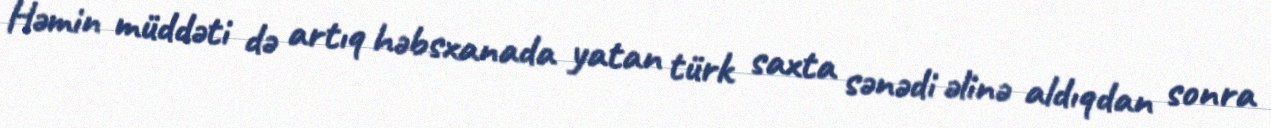
Həmin müddəti də artıq həbsxanada yatan türk saxta sənədi əlinə aldıqdan sonra